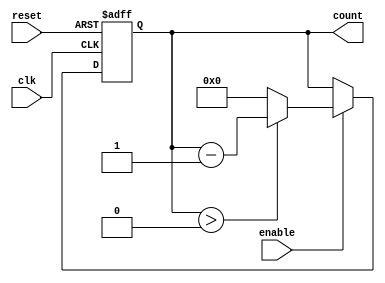
module binary_down_counter #(
    parameter N = 4  // Parameter to define the number of bits (default is 4 bits)
)(
    input wire clk,          // Clock signal
    input wire reset,        // Asynchronous reset signal
    input wire enable,       // Enable signal to decrement the counter
    output reg [N-1:0] count // Current value of the counter
);

// Maximum count value
localparam MAX_COUNT = (1 << N) - 1; // 2^N - 1

// Synchronous reset and counting logic
always @(posedge clk or posedge reset) begin
    if (reset) begin
        count <= MAX_COUNT; // Reset to maximum value
    end else if (enable) begin
        if (count > 0) begin
            count <= count - 1; // Decrement the count
        end else begin
            count <= 0; // Ensure it does not go below 0
        end
    end
end

endmodule